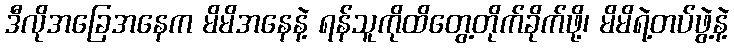
ဒီလိုအခြေအနေက မိမိအနေနဲ့ ရန်သူကိုထိတွေ့တိုက်ခိုက်ဖို့၊ မိမိရဲ့တပ်ဖွဲ့နဲ့